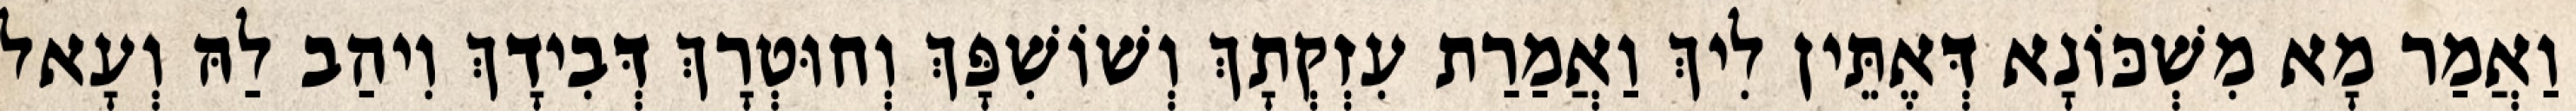
וַאֲמַר מָא מִשְׁכּוֹנָא דְּאֶתֵּין לִיךְ וַאֲמַרַת עִזְקְתָךְ וְשׁוֹשִׁפָּךְ וְחוּטְרָךְ דְּבִידָךְ וִיהַב לַהּ וְעָאל